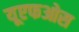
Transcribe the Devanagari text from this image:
यूएफओस